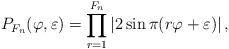
LaTeX: \begin{align*}P_{F_n}(\varphi, \varepsilon) = \prod_{r=1}^{F_n} \left| 2 \sin \pi (r\varphi+ \varepsilon) \right| ,\end{align*}